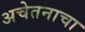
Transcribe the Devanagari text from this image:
अचेतनाचा